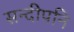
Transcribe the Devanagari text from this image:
सन्दीपनि